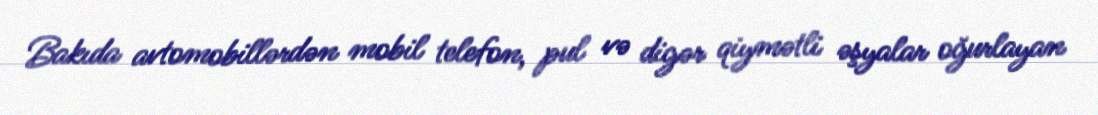
Bakıda avtomobillərdən mobil telefon, pul və digər qiymətli əşyalar oğurlayan